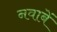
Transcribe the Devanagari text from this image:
नवाबें